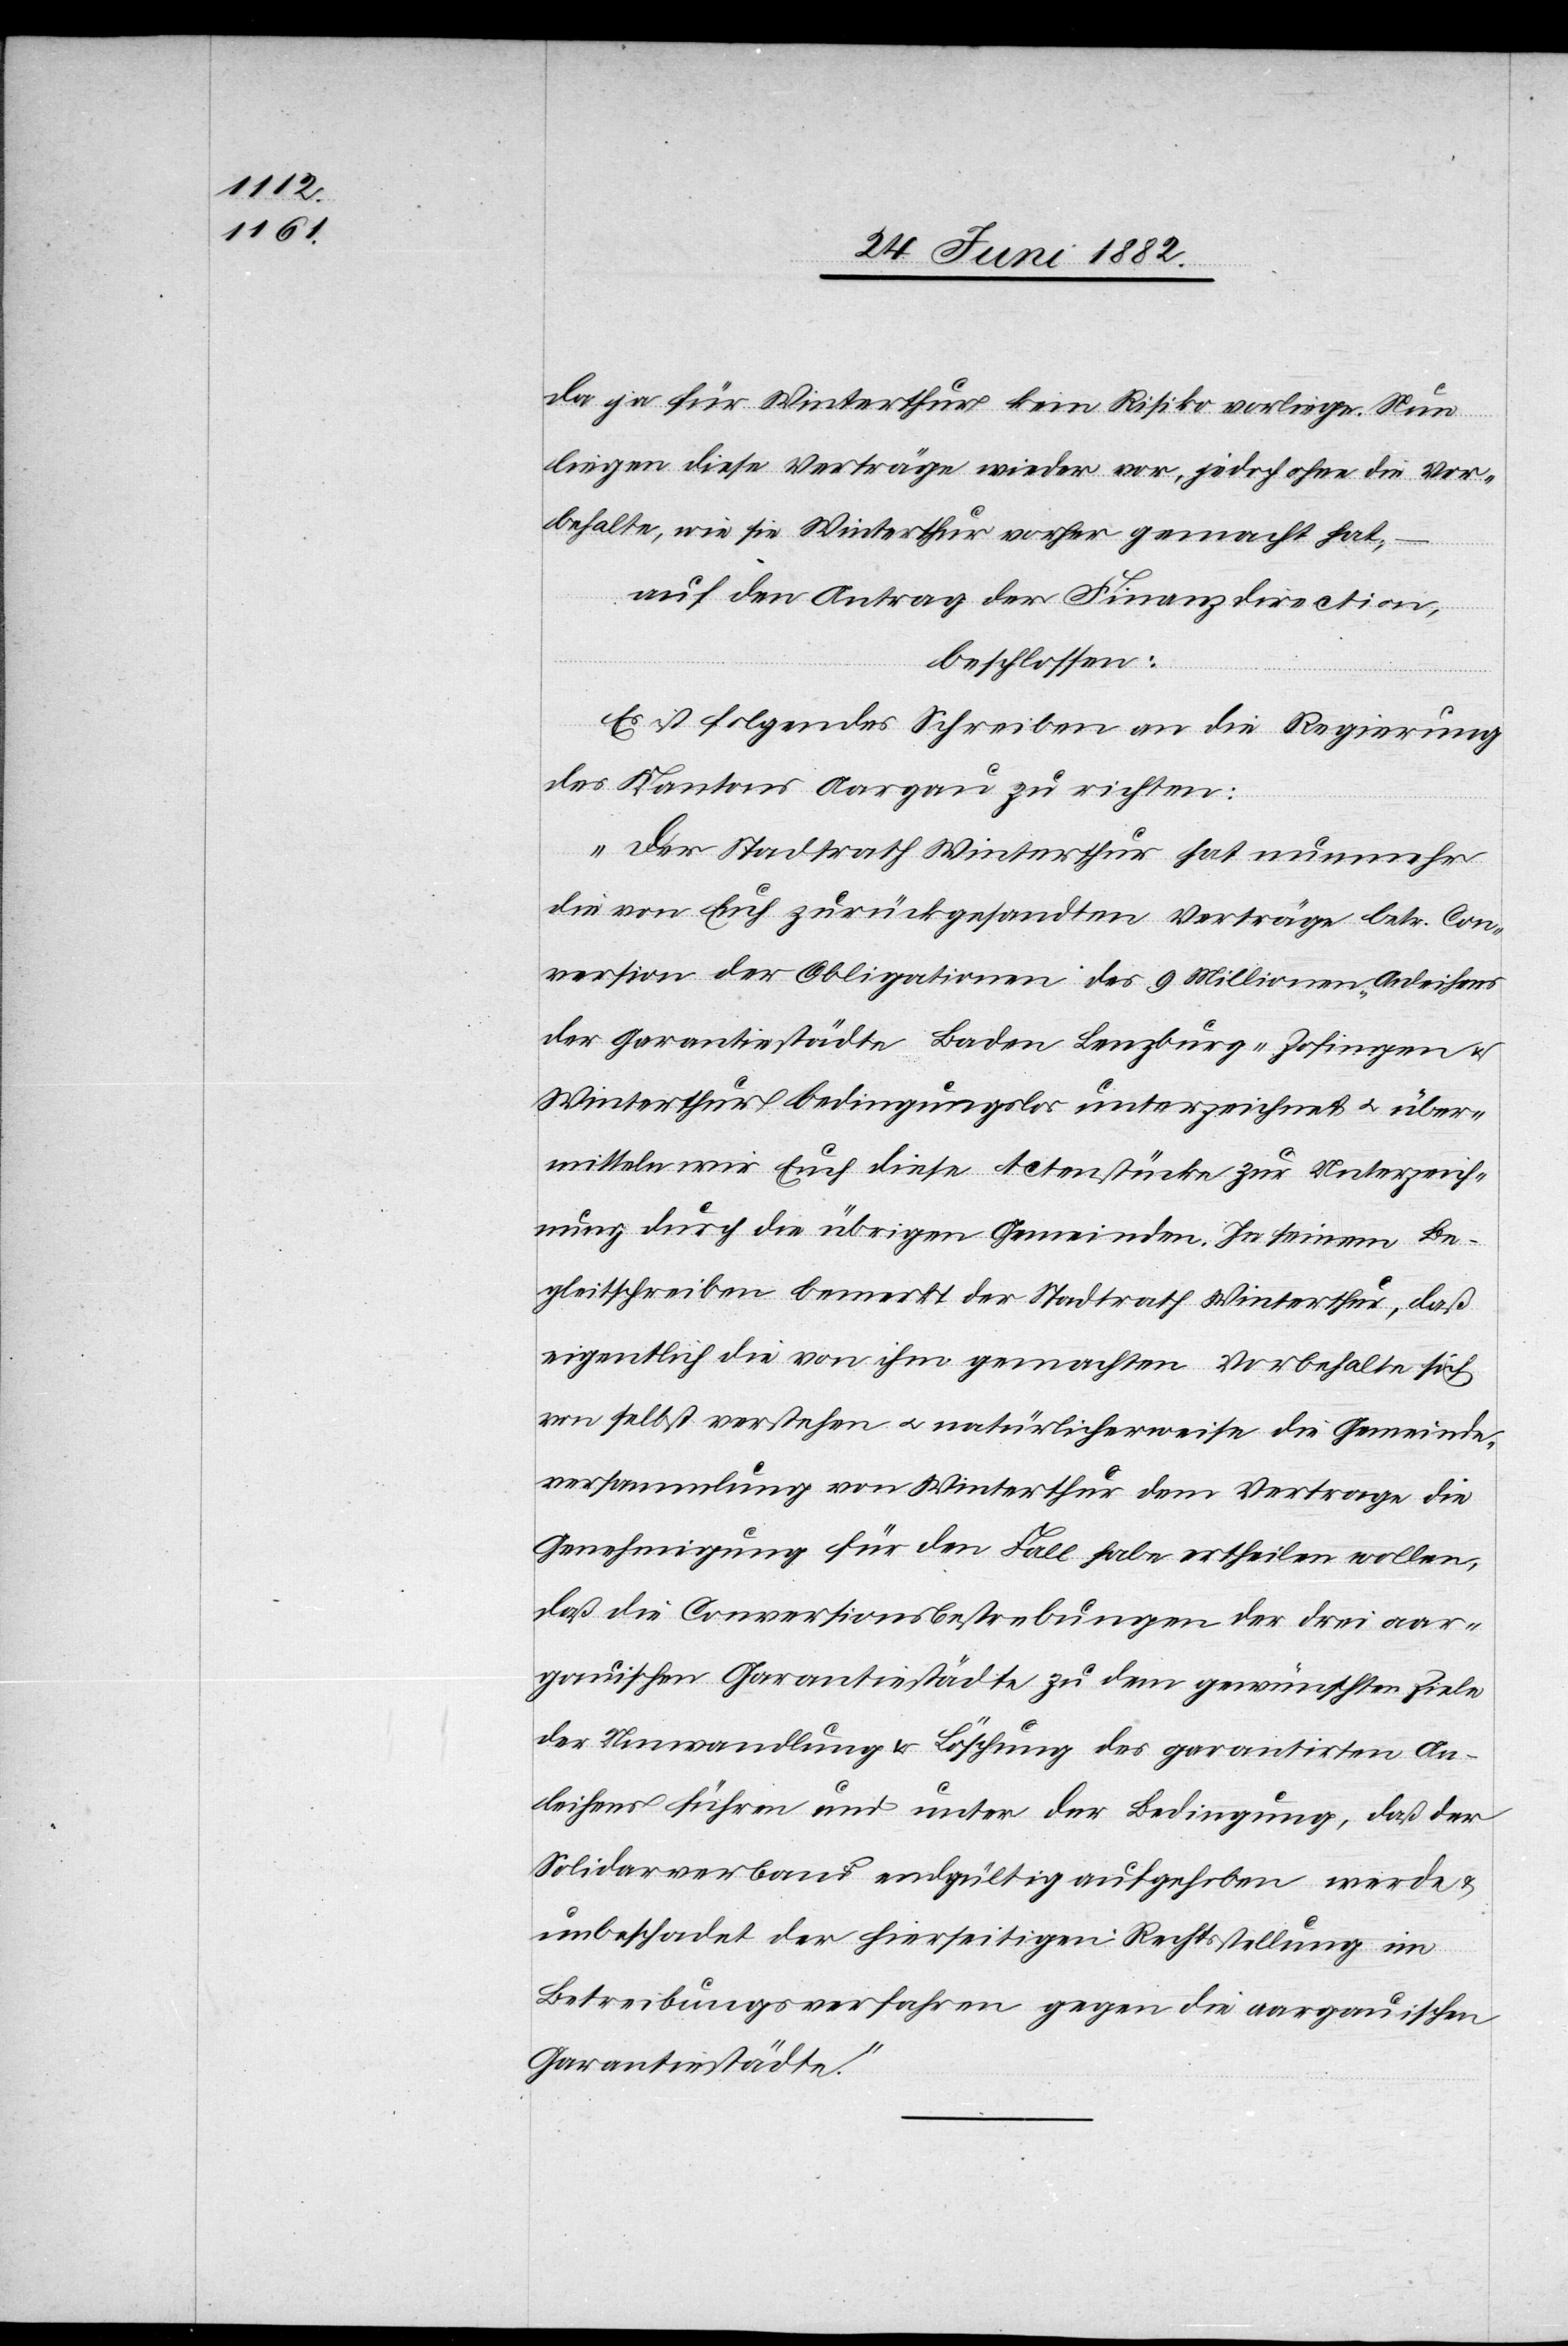
da ja für Winterthur kein Risiko vorliege. Nun
liegen diese Verträge wieder vor, jedoch ohne die Vor¬
behalte, wie sie Winterthur vorher gemacht hat:
auf den Antrag der Finanzdirection,
beschlossen:
Es ist folgendes Schreiben an die Regierung
des Kantons Aargau zu richten:
„Der Stadtrath Winterthur hat nunmehr
die von Euch zurückgesandten Verträge betr. Con¬
version der Obligationen des 9 Millionen-Anleihens
der Garantiestädte Baden[,] Lenzburg, Zofingen u.
Winterthur bedingungslos unterzeichnet u. über¬
mitteln wir Euch diese Actenstücke zur Unterzeich¬
nung durch die übrigen Gemeinden. In seinem Be¬
gleitschreiben bemerkt der Stadtrath Winterthur, daß
eigentlich die von ihm gemachten Vorbehalte sich
von selbst verstehen u. natürlicherweise die Gemeinde¬
versammlung von Winterthur dem Vertrage die
Genehmigung für den Fall habe ertheilen wollen,
daß die Conversionsbestrebungen der drei aar¬
gauischen Garantiestädte zu dem gewünschten Ziele
der Umwandlung & Löschung des garantirten An¬
leihens führen und unter der Bedingung, daß der
Solidarverband endgültig aufgehoben werde
unbeschadet der hierseitigen Rechtsstellung im
Beitreibungsverfahren gegen die aargauischen
Garantiestädte.“